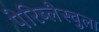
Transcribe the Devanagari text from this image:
पेरिब्लैस्चुला